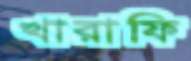
খারাফি